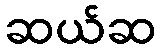
ဆယ်ဆ